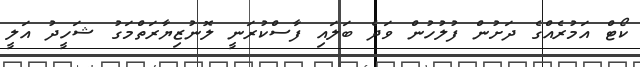
ކޯޓް އަމުރެއްގެ ދަށުން ފުލުހުން ވަދެ ބަލައި ފާސްކުރަނީ ލޮނުޒިޔާރަތްމަގު ޝަހީދު އަލީ